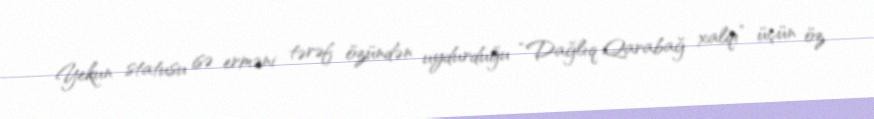
Yekun statusu isə erməni tərəf özündən uydurduğu “Dağlıq Qarabağ xalqı” üçün öz